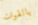
بالقوات